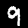
Label: 9